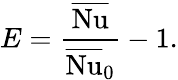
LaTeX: E=\frac{\overline{{\mathrm{Nu}}}}{\overline{{\mathrm{Nu}}}_{\mathrm{0}}}-1.